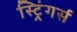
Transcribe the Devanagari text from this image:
स्ट्रिंगर्स